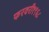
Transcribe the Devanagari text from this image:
फरवरी१९६८